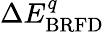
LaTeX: \Delta E_{\mathrm{BRFD}}^{q}